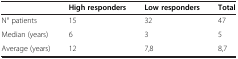
|  | High responders | Low responders | Total |
 | --- | --- | --- | --- |
 | N° patients | 15 | 32 | 47 |
 | Median (years) | 6 | 3 | 5 |
 | Average (years) | 12 | 7,8 | 8,7 |